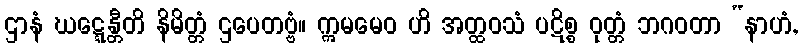
ဌာနံ ဃဋ္ဋေန္တီတိ နိမိတ္တံ ဌပေတဗ္ဗံ။ ဣမမေဝ ဟိ အတ္ထဝသံ ပဋိစ္စ ဝုတ္တံ ဘဂဝတာ “နာဟံ,